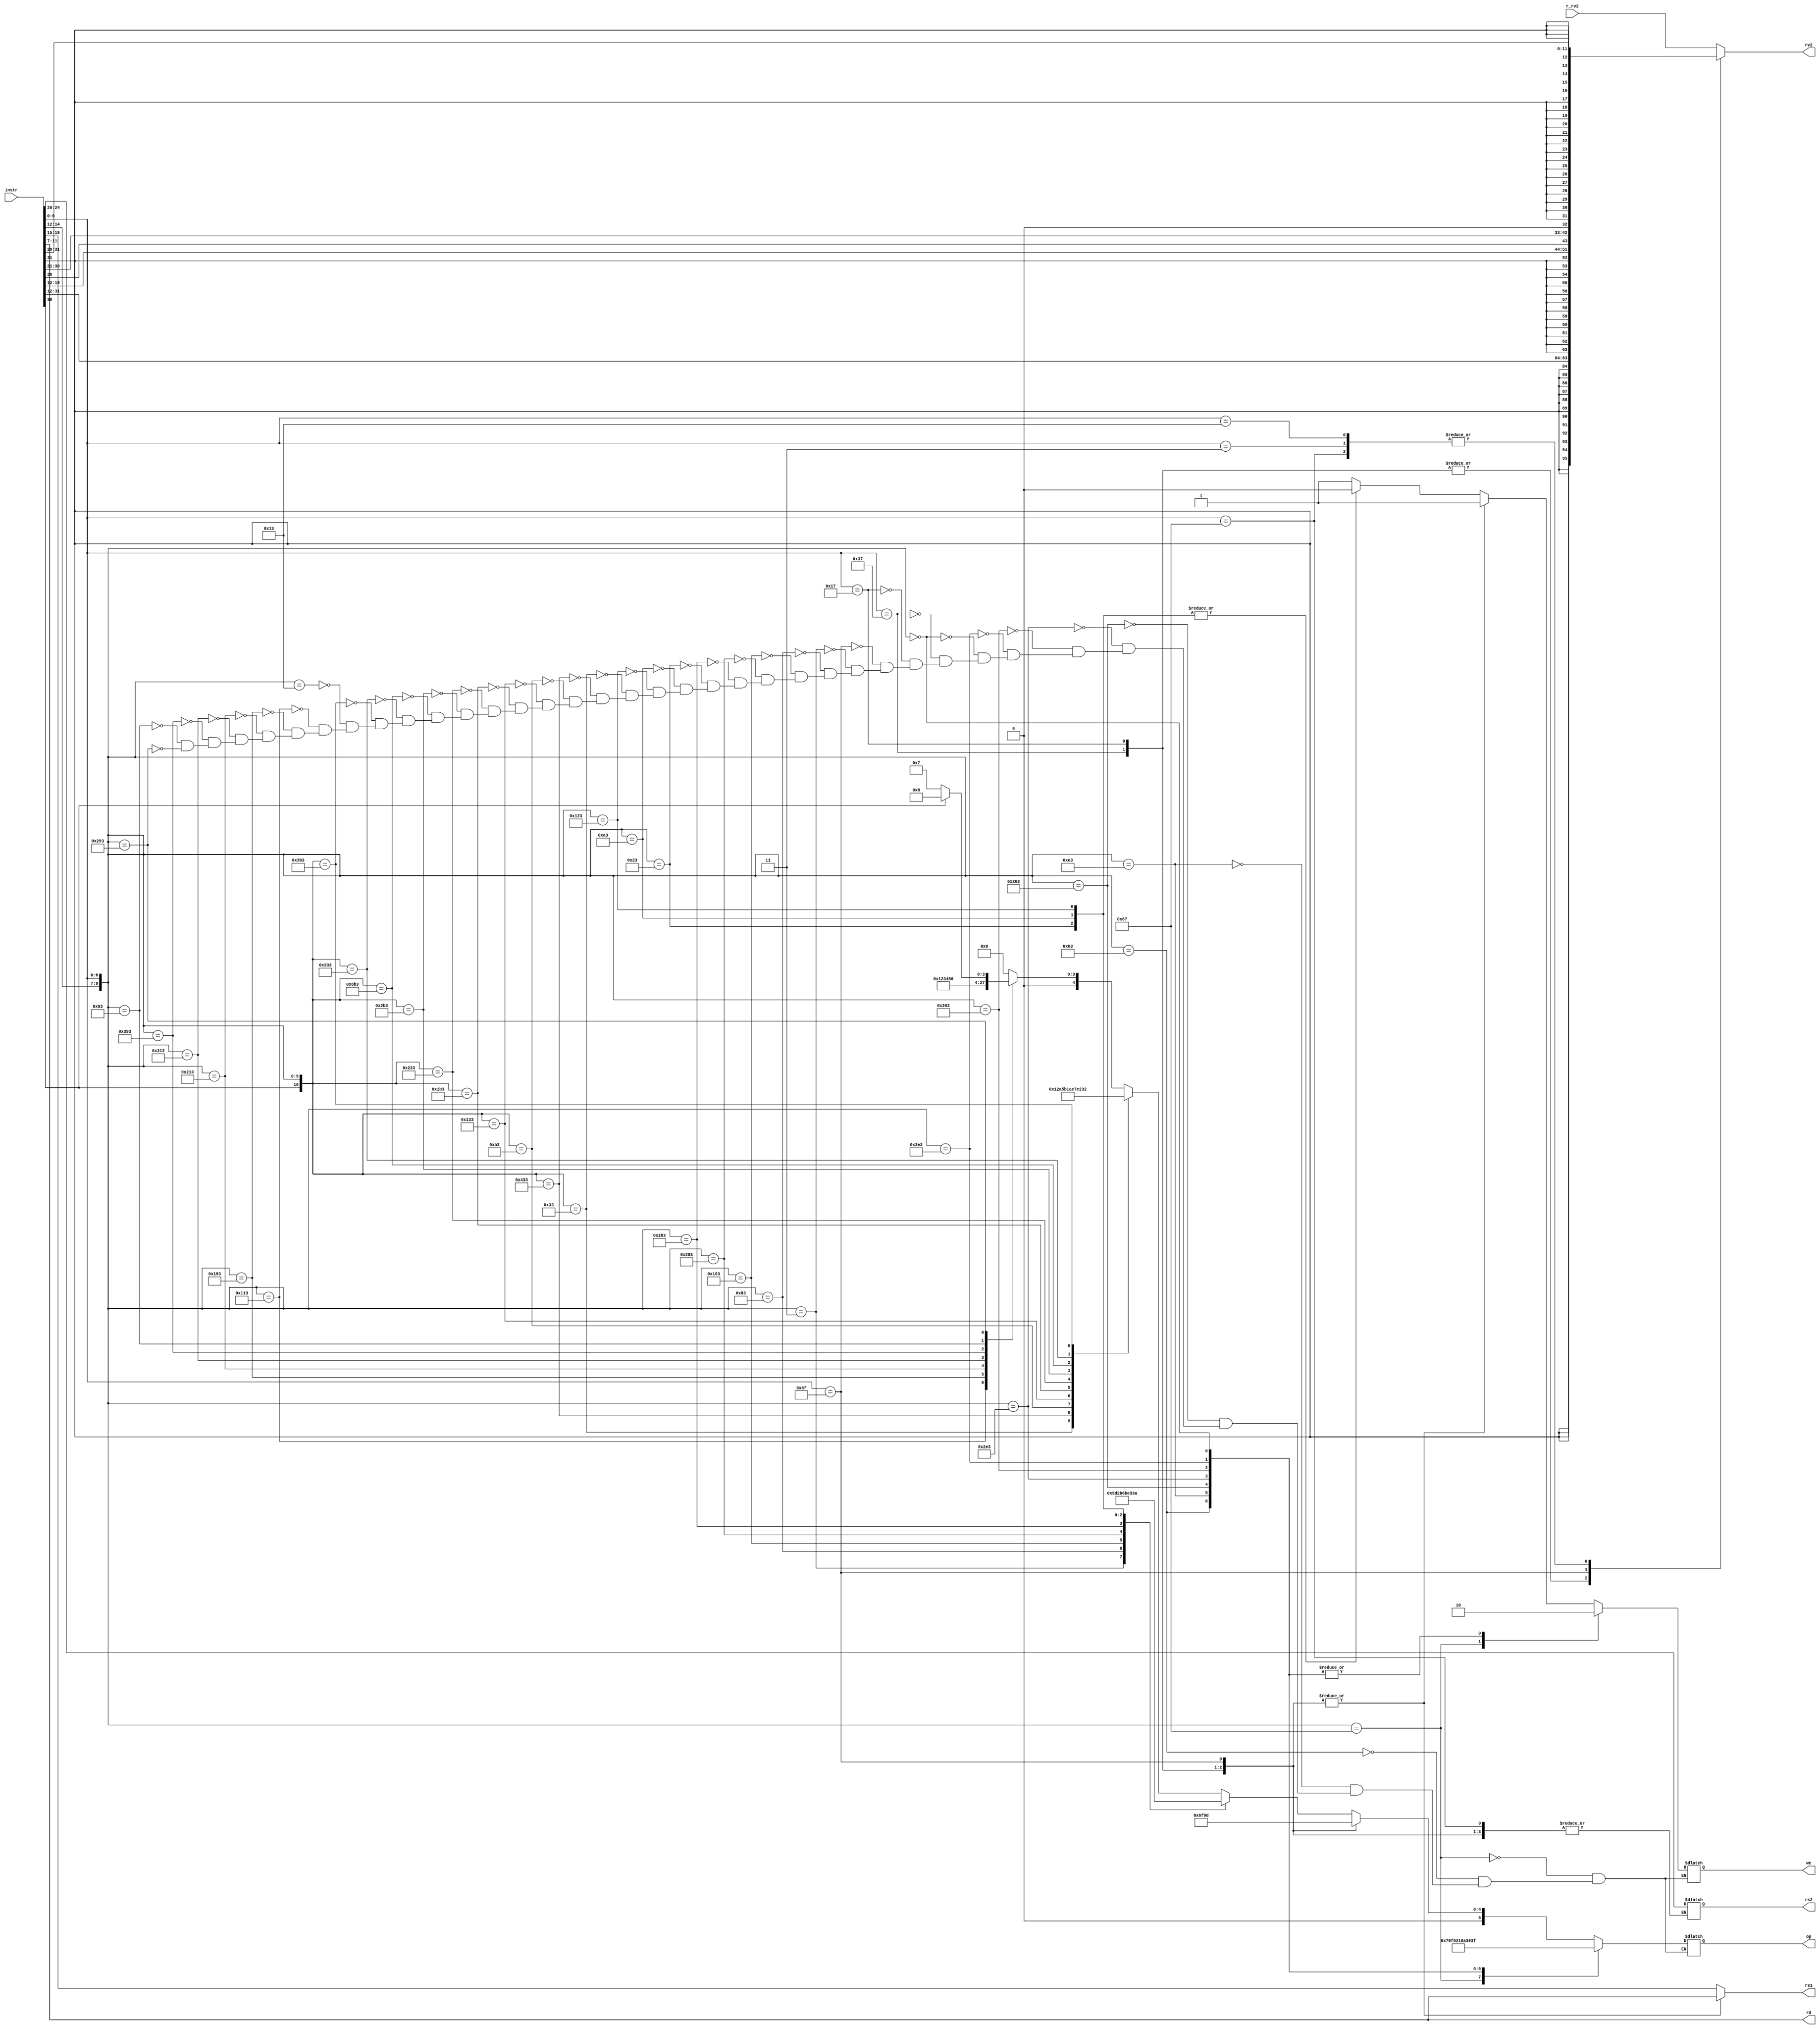
module dummydecoder(
    input [31:0] instr,  // Full 32-b instruction
    output [5:0] op,     // some operation encoding of your choice
    output [4:0] rs1,    // First operand reg address to reg file
    output [4:0] rs2,    // Second operand (reg address) to reg file
    output [4:0] rd,     // Output reg (address)
    input  [31:0] r_rv2, // From RegFile
    output [31:0] rv2,   // To ALU
    output we            // Write to reg (to reg file)
);
reg [31:0] rv2;
reg [4:0] rs1,rs2,rd;
reg [5:0] op;
reg we;


always@(*)
begin
        case (instr[6:0])  // setting rs1, rs2, rd for all instructions
        7'b0110111: begin rs1 <= instr[11:7]; rd <= instr[11:7]; end
        7'b0010111: begin rs1 <= instr[11:7]; rd <= instr[11:7]; end
        7'b1101111: begin rs1 <= instr[11:7]; rd <= instr[11:7]; end
        7'b1100111: begin rs1 <= instr[19:15]; rd <= instr[11:7]; end

        default: begin
        rs1 <= instr[19:15];
        rd <= instr[11:7];
        rs2 <= instr[24:20];
        end
        endcase

        case(instr[6:0]) // setting immediates for all relevant instructions

        7'b0110111 :begin rv2 = ({ {12{instr[31]}}, instr[31:12] }); end/// LUI
        7'b0010111 :begin rv2 = ({ {12{instr[31]}}, instr[31:12] }); end/// AUIPC
        7'b1101111 :begin rv2 = ({ {12{instr[31]}},instr[19:12],instr[20],instr[30:21],1'b0 }); end// JAL //LSB is forced to 0
        7'b1100111 :begin rv2 = ({ {20{instr[31]}} ,instr[31:20] });  end// JALR

        7'b0000011 :begin rv2 = ({ {20{instr[31]}} ,instr[31:20] });  end //LOAD

        7'b0010011 : begin rv2 = ({ {20{instr[31]}} ,instr[31:20] });  end/// considering SLLI,SRLI,SRAI under this categ.

        default :   begin rv2 = r_rv2; end // from regfile to ALU
        endcase

/// in below case statements, setting write enable for registers, and assigning a unique self-defined opcode for all instructions

        case({instr[14:12],instr[6:0]})
        10'b000_0010011: begin op <= 6'd0; we<=1; end//         ADDI
        10'b010_0010011: begin op <= 6'd1; we<=1; end//         SLTI
        10'b011_0010011: begin op <= 6'd2; we<=1; end//         SLTIU
        10'b100_0010011: begin op <= 6'd3; we<=1; end//         XORI
        10'b110_0010011: begin op <= 6'd4; we<=1; end//         ORI
        10'b111_0010011: begin op <= 6'd5; we<=1; end//         ANDI
        10'b001_0010011: begin op <= 6'd6; we<=1; end//         SLLI
        10'b101_0010011: begin if(instr[30]) begin op <= 6'd8; we<=1; end //        SRAI
                               else          begin op <= 6'd7; we<=1; end //        SRLI 
                         end
        endcase

        case({instr[30],instr[14:12],instr[6:0]})
        11'b0_000_0110011: begin op <= 6'd9 ; we<=1; end//       ADD
        11'b1_000_0110011: begin op <= 6'd10; we<=1; end//       SUB
        11'b0_001_0110011: begin op <= 6'd11; we<=1; end//       SLL
        11'b0_010_0110011: begin op <= 6'd12; we<=1; end//       SLT
        11'b0_011_0110011: begin op <= 6'd13; we<=1; end//       SLTU
        11'b0_100_0110011: begin op <= 6'd14; we<=1; end//       XOR
        11'b0_101_0110011: begin op <= 6'd15; we<=1; end//       SRL
        11'b1_101_0110011: begin op <= 6'd16; we<=1; end//       SRA
        11'b0_110_0110011: begin op <= 6'd17; we<=1; end//       OR
        11'b0_111_0110011: begin op <= 6'd18; we<=1; end//       AND
        endcase

        case({instr[14:12],instr[6:0]})
        10'b000_0000011 : begin op <= 6'd19; we<=1;   end//        LB - Load Byte
        10'b001_0000011 : begin op <= 6'd20; we<=1;   end//        LH - Load HalfWord
        10'b010_0000011 : begin op <= 6'd21; we<=1;   end//        LW - Load Word
        10'b100_0000011 : begin op <= 6'd22; we<=1;   end//        LBU- Load Byte Unsigned
        10'b101_0000011 : begin op <= 6'd23; we<=1;   end//        LHU- Load HalfWord Unsigned
        10'b000_0100011 : begin op <= 6'd24; we<=0;   end//        SB - Store Byte
        10'b001_0100011 : begin op <= 6'd25; we<=0;   end//        SH - Store HalfWord
        10'b010_0100011 : begin op <= 6'd26; we<=0;   end//        SW - Store Word
        endcase
/////
        case(instr[6:0])
        7'b0110111 : begin op <= 6'd27; we<=1;   end//         LUI  - Load Upper Immediate
        7'b0010111 : begin op <= 6'd28; we<=1;   end//         AUIPC- Load HalfWord
        7'b1101111 : begin op <= 6'd29; we<=1;   end//         JAL  - Jump And Link, unconditional jumps
        endcase

        case({instr[14:12],instr[6:0]})
        10'b000_1100111 : begin op <= 6'd30; we<=1;   end//         JALR - Jump And Link Register
        10'b000_1100011 : begin op <= 6'd31; we<=0;   end//         BEQ  - Branch if EQual, conditional jumps
        10'b001_1100011 : begin op <= 6'd32; we<=0;   end//         BNE  - Branch if Not Equal
        10'b100_1100011 : begin op <= 6'd33; we<=0;   end//         BLT  - Branch if Less Than
        10'b101_1100011 : begin op <= 6'd34; we<=0;   end//         BGE  - Branch if Greater than or Equal
        10'b110_1100011 : begin op <= 6'd35; we<=0;   end//         BLTU - Branch if Less Than Unsigned
        10'b111_1100011 : begin op <= 6'd36; we<=0;   end//         BGEU - Branch if Greater than or Equal Unsigned
        10'b000_0000000 : begin op <= 6'd63; we<=0;   end//         default statement
        endcase

end

endmodule